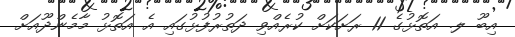
އިބޫ ލ. އަތޮޅުގެ 11 ރަށަކަށް ކުރެއްވި ދަތުރުފުޅުގައި އެ އަތޮޅު މާމެންދޫއަށް